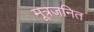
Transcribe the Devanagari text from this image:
मूत्रजनित